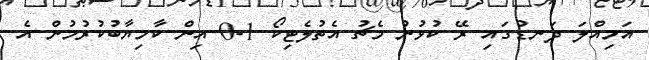
އަމިއްލަ ދަނޑުގައި ރޭ ކުޅުނު މެޗު އެތުލެޓިކޯ 1-0 އިން ކާމިޔާބުކުރުމުން އެ